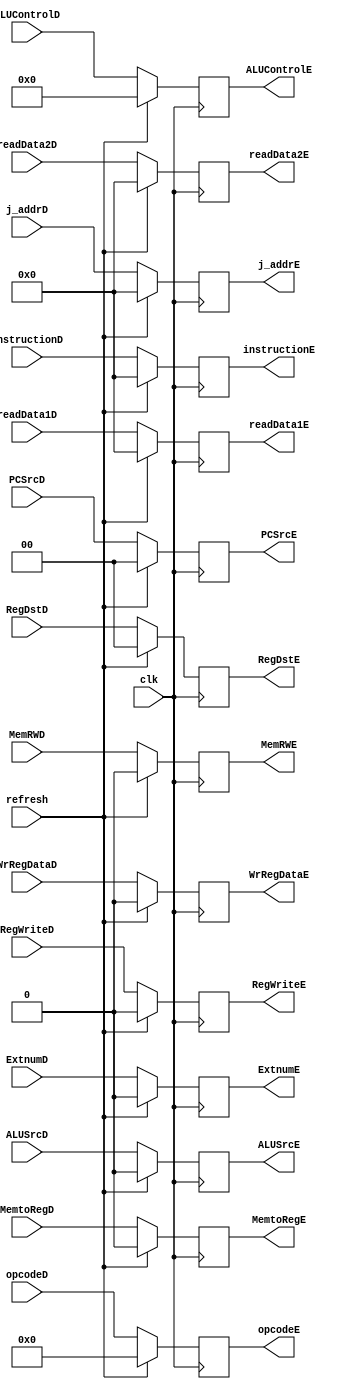
/* Pipeline register between EX stage and MEM stage
**
*/

`timescale 100fs/100fs
module PipeReg_IDEX
    (   //Inputs
        input clk, 
        input [31:0] j_addrD,
        input refresh, WrRegDataD, MemtoRegD, MemRWD, RegWriteD, ExtnumD,
        input [1:0] RegDstD,
        input [5:0] opcodeD,
        input [1:0] PCSrcD,
        input [31:0] instructionD,
        input [31:0] readData1D, readData2D,
        input ALUSrcD,
        input [3:0] ALUControlD,

        //Outputs
        output reg [31:0] j_addrE,
        output reg WrRegDataE, MemtoRegE, MemRWE, RegWriteE, ExtnumE, 
        output reg [1:0] RegDstE,
        output reg [5:0] opcodeE,
        output reg [1:0] PCSrcE,
        output reg [31:0] instructionE,
        output reg [31:0] readData1E, readData2E,
        output reg ALUSrcE,
        output reg [3:0] ALUControlE
    );

    always @(posedge clk) begin
        if (refresh == 0) begin
            j_addrE <= j_addrD;
            WrRegDataE <= WrRegDataD;
            MemtoRegE <= MemtoRegD;
            MemRWE <= MemRWD;
            RegWriteE <= RegWriteD;
            ExtnumE <= ExtnumD;
            RegDstE <= RegDstD;
            opcodeE <= opcodeD;
            PCSrcE <= PCSrcD;
            instructionE <= instructionD;
            readData1E <= readData1D;
            readData2E <= readData2D;
            ALUSrcE <= ALUSrcD;
            ALUControlE <= ALUControlD;
        end 
        else begin
            j_addrE <= 0;
            WrRegDataE <= 0;
            MemtoRegE <= 0;
            MemRWE <= 0;
            RegWriteE <= 0;
            ExtnumE <= 0;
            RegDstE <= 0;
            opcodeE <= 0;
            PCSrcE <= 0;
            instructionE <= 0;
            readData1E <= 0;
            readData2E <= 0;
            ALUSrcE <= 0;
            ALUControlE <= 0;
        end 
    end    

endmodule